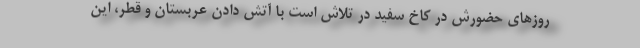
روزهای حضورش در کاخ سفید در تلاش است با آتش دادن عربستان و قطر، این